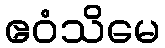
ဧဝံသိမေ